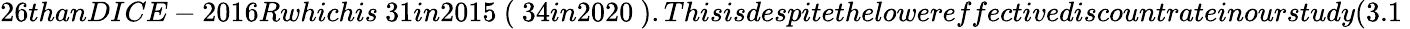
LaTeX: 26thanDICE-2016Rwhichis\ 31in2015\ (\ 34in2020\ ).Thisisdespitethelowereffectivediscountrateinourstudy(3.1\